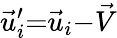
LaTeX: \vec{u}_{i}^{\prime}{=}\vec{u}_{i}{-}\vec{V}